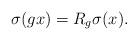
LaTeX: \begin{align*} \sigma(gx)=R_g \sigma(x) \text. \end{align*}